Annual report of the Punjab Veterinary College and of the Civil Veterinary Department, Punjab - 1909-1919
Year: 1909
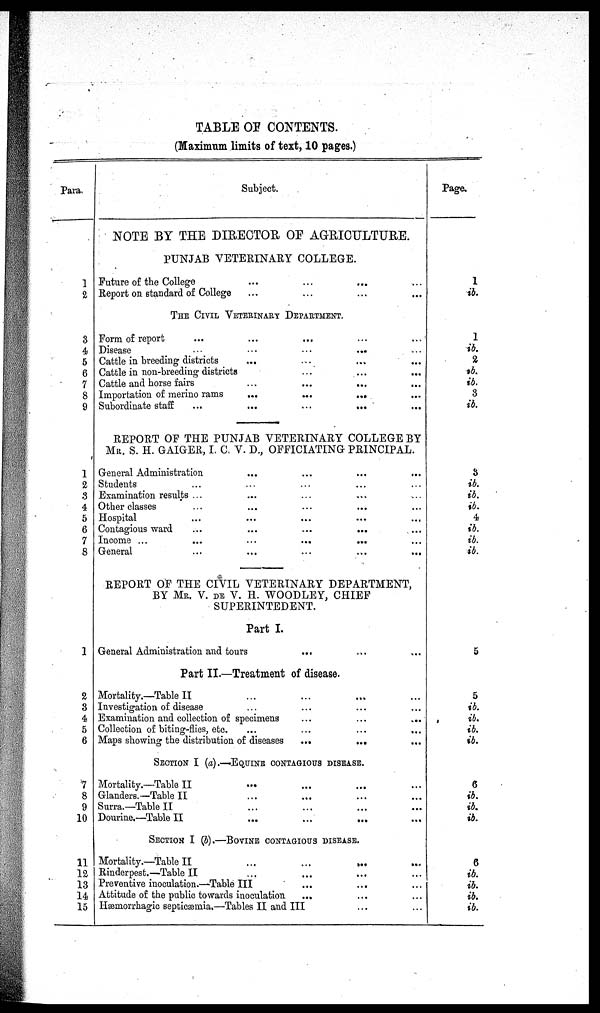
TABLE OF CONTENTS.
(Maximum limits of text, 10 pages.)
Para.
1
2
3
4
5
6
7
8
9
1
2
3
4
5
6
7
8
1
2
3
4
5
6
7
8
9
10
11
12
13
14
15
Subject.
NOTE BY THE DIRECTOR OF AGRICULTURE.
PUNJAB VETERINARY COLLEGE.
Future of the College … … …
Report on standard of College … …
THE CIVIL VETERINARY DEPARTMENT.
Form of report … … … …
Disease … … … …
Cattle in breeding districts … … …
Cattle in non-breeding districts ...
Cattle and horse fairs … … …
Importation of merino rams
...
...
...
Subordinate staff
...
...
...
...
...
REPORT OF THE PUNJAB VETERINARY COLLEGE BY
MR. S. H. GAIGER, I. C. V. D., OFFICIATING PRINCIPAL.
General Administration … … …
Students … … … …
Examination results ... … … … …
Other classes … … … …
Hospital … … … …
Contagious ward
...
...
...
...
Income ... … …
General … … …
REPORT OF THE CIVIL VETERINARY DEPARTMENT,
BY MR. V. DE V. H. WOODLEY, CHIEF
SUPERINTEDENT.
Part I.
General Administration and tours ... ... ...
Part II.—Treatment of disease.
Mortality.—Table II … … …
Investigation of disease … … …
Examination and collection of specimens
...
...
...
Collection of biting-flies, etc. … … …
Maps showing the distribution of diseases
...
...
SECTION I (a).—EQUINE CONTAGIOUS DISEASE.
Mortality.—Table II … … …
Glanders.—Table II … … …
Surra.—Table II … … …
Dourine.—Table II
...
...
...
SECTION I (b).—BOVINE CONTAGIOUS DISEASE.
Mortality.—Table II … … …
Rinderpest.—Table II … … …
Preventive inoculation.—Table III ... …
Attitude of the public towards inoculation
... …
Hæmorrhagic septicæmia.—Tables II and III …
Page.
1
ib.
1
ib.
2
ib.
ib.
3
ib.
3
ib.
ib.
ib.
4
ib.
ib.
ib.
5
5
ib.
ib.
ib.
ib.
6
ib.
ib.
ib.
6
ib.
ib.
ib.
ib.